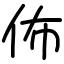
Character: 佈